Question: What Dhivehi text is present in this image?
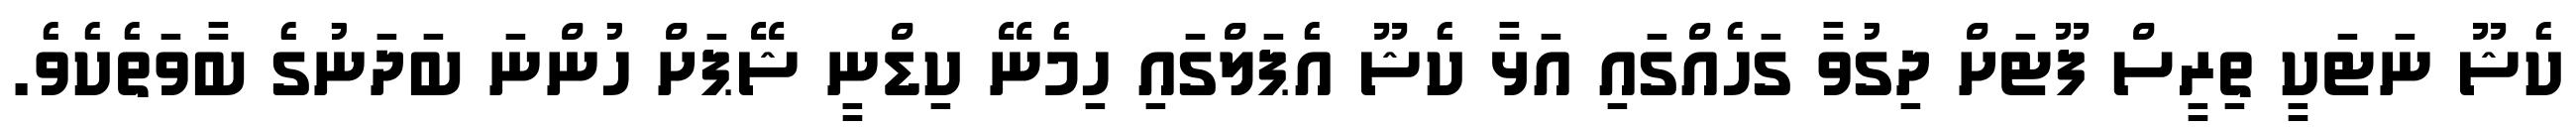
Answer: ކެޝޫ ނަޓަކީ ތިރީސް ފޫޓަށް ދިގުވާ ގަހެއްގައި އަޅާ ކެޝޫ އެޕަލްގައި ހިމެނޭ ކިޑްނީ ޝޭޕަށް ހުންނަ ބަދަނުގެ ބާވަތެކެވެ.